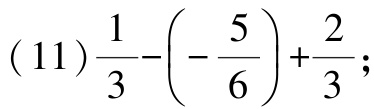
(11)$\frac{1}{3}-\left(-\frac{5}{6}\right)+\frac{2}{3}$;